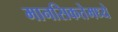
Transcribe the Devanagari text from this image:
मानसिकतेमध्ये